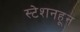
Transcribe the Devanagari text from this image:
स्टेशनहून